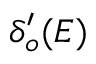
\delta _ { o } ^ { \prime } ( E )